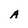
Character: A